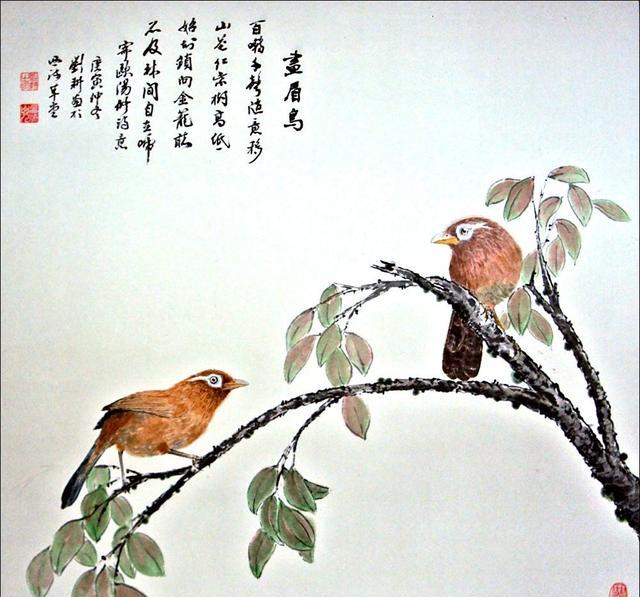
始知锁向金笼听，不及林间自在啼。